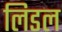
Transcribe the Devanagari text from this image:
लिडल